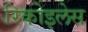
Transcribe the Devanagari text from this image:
रिकोइलेस